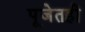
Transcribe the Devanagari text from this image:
पूजेतही